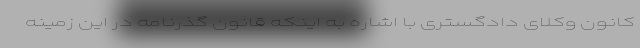
کانون وکلای دادگستری با اشاره به اینکه قانون گذرنامه در این زمینه